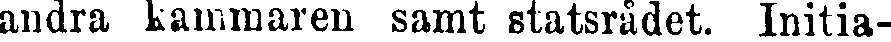
andra kammaren samt statsrådet. Initia-